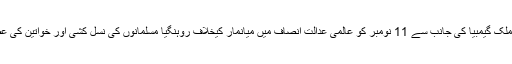
بین الاقوامی خبر رساں ادارے کے مطابق ایک چھوٹے افریقی ملک گیمبیا کی جانب سے 11 نومبر کو عالمی عدالت انصاف میں میانمار کیخلاف روہنگیا مسلمانوں کی نسل کشی اور خواتین کی عصمت دری پر تحقیقات کرنے کی درخواست دائر کی گئی تھی۔